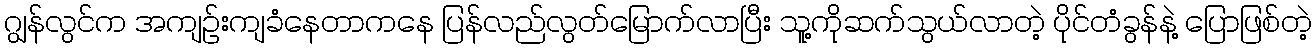
ဂျွန်လွင်က အကျဉ်းကျခံနေတာကနေ ပြန်လည်လွတ်မြောက်လာပြီး သူ့ကိုဆက်သွယ်လာတဲ့ ပိုင်တံခွန်နဲ့ ပြောဖြစ်တဲ့